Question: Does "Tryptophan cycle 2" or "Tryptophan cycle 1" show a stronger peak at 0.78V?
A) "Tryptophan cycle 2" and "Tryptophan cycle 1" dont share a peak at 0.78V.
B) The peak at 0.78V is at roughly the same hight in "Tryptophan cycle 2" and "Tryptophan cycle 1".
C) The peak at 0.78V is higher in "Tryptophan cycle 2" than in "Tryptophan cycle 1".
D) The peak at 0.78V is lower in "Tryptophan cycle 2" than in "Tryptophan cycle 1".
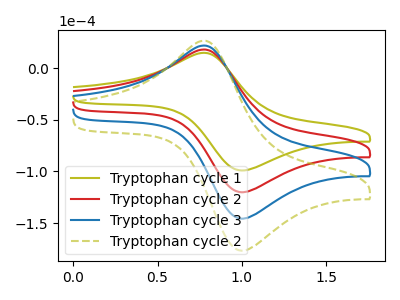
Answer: <think>The olive curve "Tryptophan cycle 1" has an anodic peak at (0.80V, 14.95uA) and a cathodic peak at (1.00V, -99.10uA). The red curve "Tryptophan cycle 2" has an anodic peak at (0.80V, 18.15uA) and a cathodic peak at (1.00V, -120.25uA). The blue curve "Tryptophan cycle 3" has an anodic peak at (0.80V, 36.30uA) and a cathodic peak at (1.00V, -240.45uA). The olive dashed curve "Tryptophan cycle 2" has an anodic peak at (0.80V, 54.45uA) and a cathodic peak at (1.00V, -360.70uA).</think>
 <answer>C) The peak at 0.78V is higher in "Tryptophan cycle 2" than in "Tryptophan cycle 1".</answer>
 <eval>C</eval>